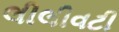
લીલીવટી